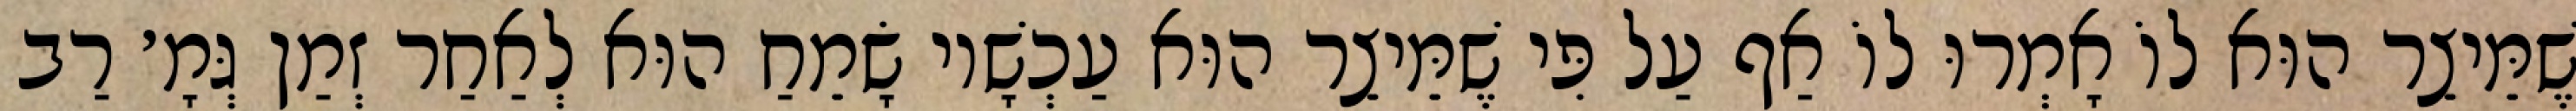
שֶׁמֵּיצֵר הוּא לוֹ אָמְרוּ לוֹ אַף עַל פִּי שֶׁמֵּיצֵר הוּא עַכְשָׁיו שָׂמֵחַ הוּא לְאַחַר זְמַן גְּמָ׳ רַב